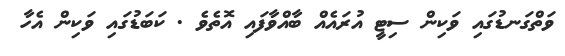
ވަތްގަނޑުގައި ވަކިން ސިޓީ އުރައެއް ބާއްވާފައި އޮތެވެ . ކަބަޑުގައި ވަކިން އެހާ